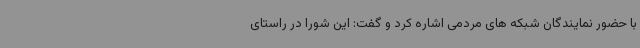
با حضور نمایندگان شبکه های مردمی اشاره کرد و گفت: این شورا در راستای